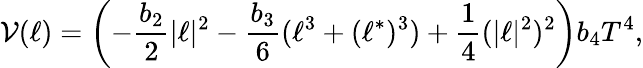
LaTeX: {{{\cal V}(\ell)=\left(-\frac{b_{2}}{2}|\ell|^{2}-\frac{b_{3}}{6}(\ell^{3}+(\ell^{*})^{3})+\frac{1}{4}(|\ell|^{2})^{2}\right)b_{4}T^{4}}},